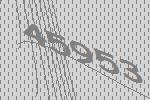
45953